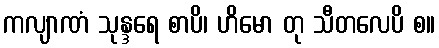
ကလျာဏံ သုန္ဒရေ စာပိ၊ ဟိမော တု သီတလေပိ စ။